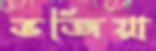
ভজিয়া